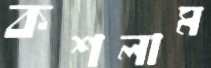
কশলাম